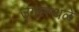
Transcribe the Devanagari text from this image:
उगम्स्थळे